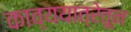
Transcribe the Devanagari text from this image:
काव्ययात्रेतून